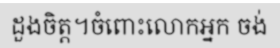
ដួងចិត្ត។ចំពោះលោកអ្នក ចង់